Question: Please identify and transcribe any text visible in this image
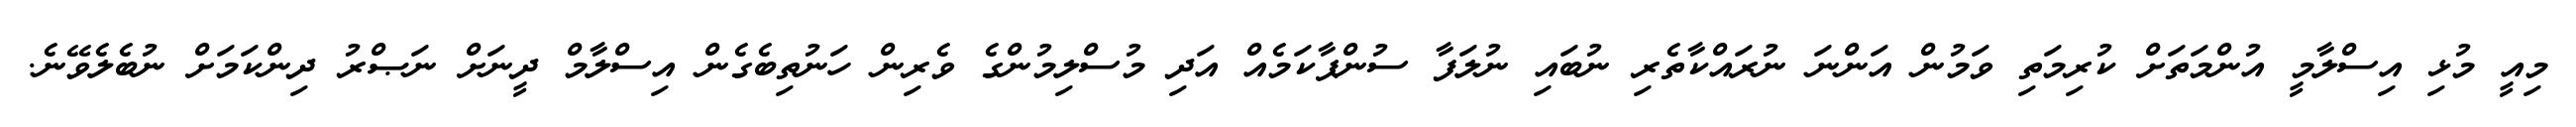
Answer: މިއީ މުޅި އިސްލާމީ އުންމަތަށް ކުރިމަތި ވަމުން އަންނަ ނުރައްކާތެރި ނުބައި ނުލަފާ ސުންޕާކަމެއް އަދި މުސްލިމުންގެ ވެރިން ހަނުތިބެގެން އިސްލާމް ދީނަށް ނަޞްރު ދިންކަމަށް ނުބެލެވޭނެ.